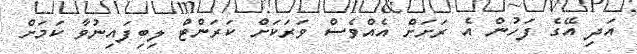
އަދި އޭގެ ފަހުން އެ ރަށަށް އެއްވެސް ވަރަކަށް ކަރަންޓް ލިބިފައިނުވާ ކަމަށް